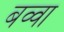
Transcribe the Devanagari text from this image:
बव्वा